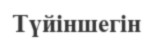
Түйіншегін